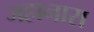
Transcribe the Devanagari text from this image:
जहानारा